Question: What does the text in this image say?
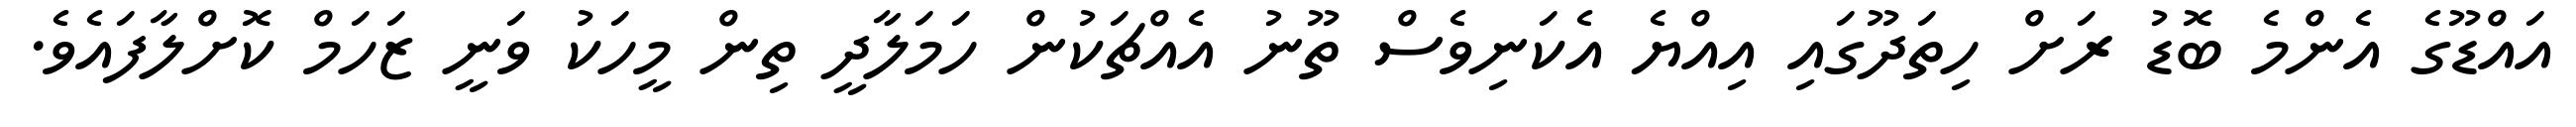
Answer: އައްޑޫގެ އެންމެ ބޮޑު ރަށް ހިތަދޫގައި އިއްޔެ އެކަނިވެސް ތޫނު އެއްޗަކުން ހަމަލާދީ ތިން މީހަކު ވަނީ ޒަހަމް ކޮށްލާފައެވެ.